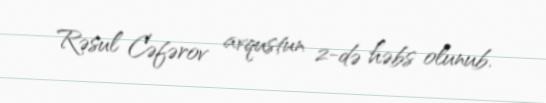
Rəsul Cəfərov avqustun 2-də həbs olunub.